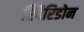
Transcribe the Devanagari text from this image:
स्पिरिडोन